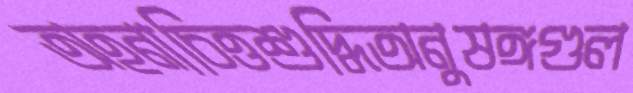
অহনাচিত্তশুদ্ধিঅনুষঙ্গগুল